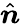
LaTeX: \hat{\boldsymbol{n}}